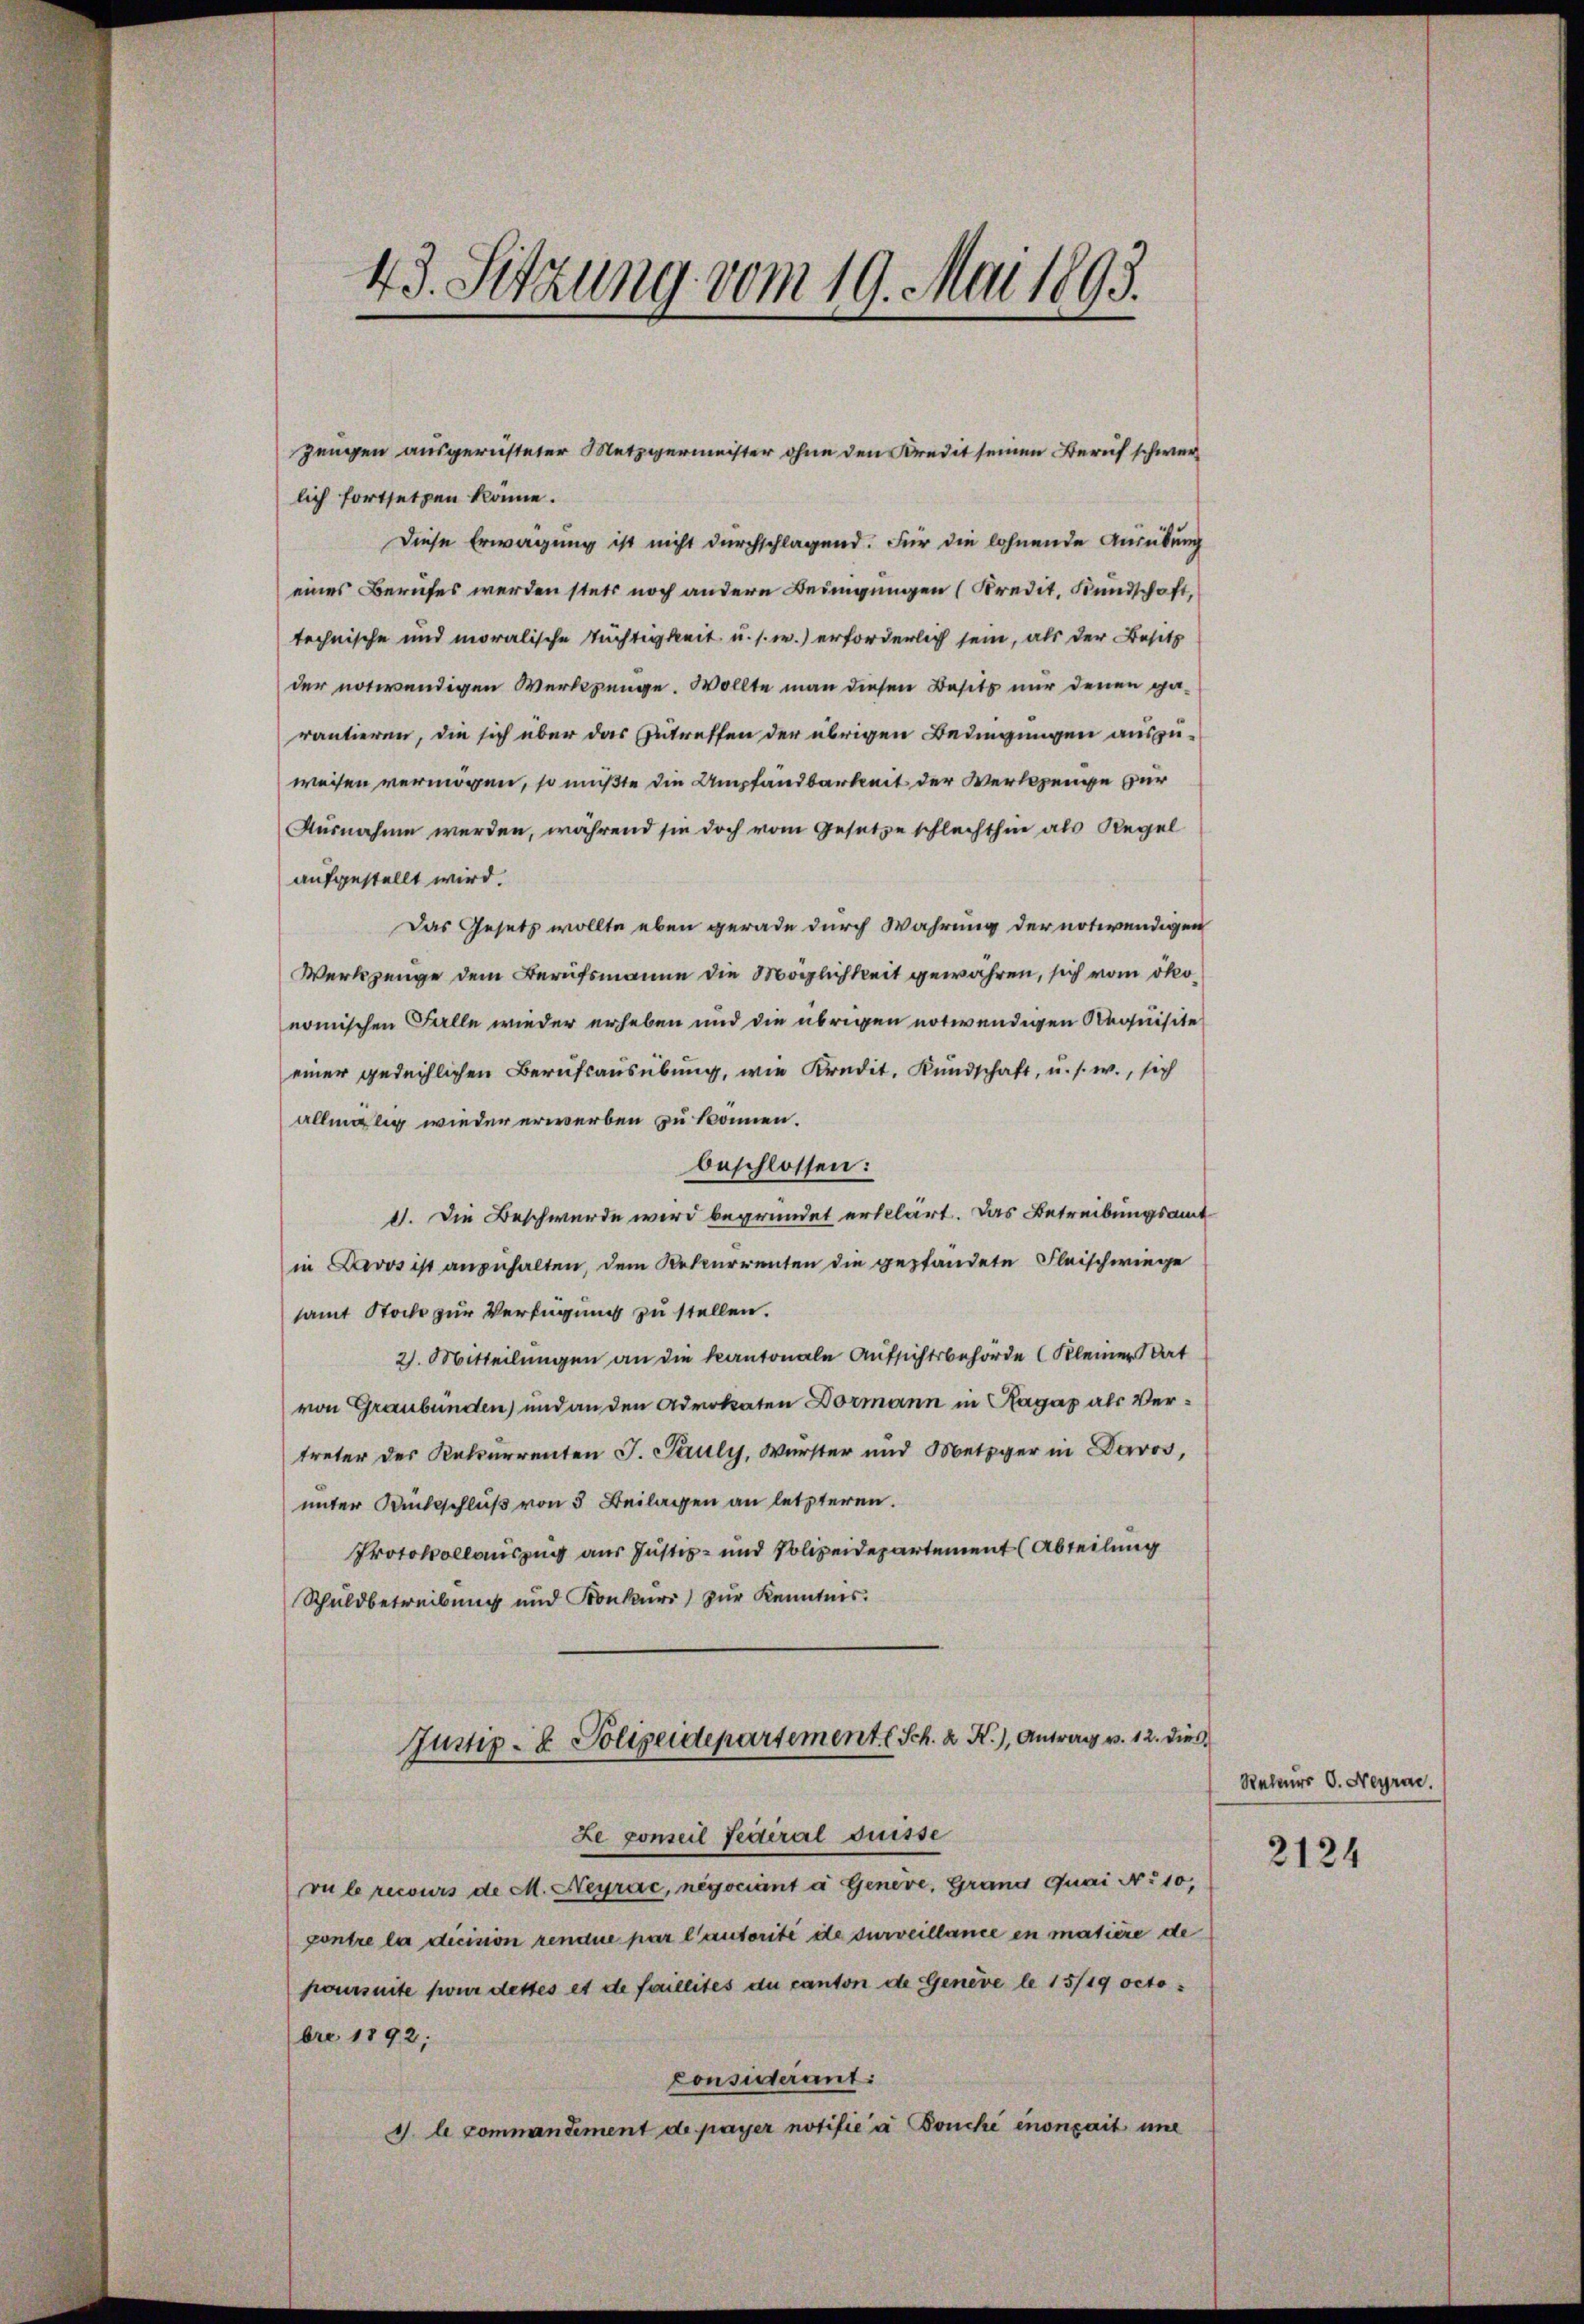
43. Sitzung vom 19. Mai 1893.

lich fortsetzen könne.
Diese Erwägung ist nicht durchschlagend. Für die lohnende Ausübung
eines Berufes werden stets noch andere Bedingungen (Kredit. Bundschaft,
technische und moralische Tüchtigkeit u. s. w.) erforderlich sein, als der Besitz
der notwendigen Werkzeuge. Wollte man diesen Besitz nur denen ga-
rantieren, die sich über das Getreffen der übrigen Bedingungen auszu-
weisen vermögen, so müßte die Ampfandbarkeit der Werkzeuge zur
Ausnahme werden, während sie doch vom Gesetze schlechthin als Regel
aufgestellt wird.
Das Gesetz wollte eben gerade durch Wahrung der notwendigen
Werkzeuge dem Berufsmanne die Möglichkeit gewähren, sich vom ökonomischen Falle wieder erheben und die übrigen notwendigen Requisite
einer gedeihlichen Berufsausübung, wie Kredit. Kundschaft, u. s. w., sich
allmälig wieder erwerben zu können.
beschlossen:
1. Die Beschwerde wird begründet erklärt. Das Betreibungsamt
in Davos ist anzuhalten, dem Rekurrenten die gepfandete Fleischwiege
samt Stocke zur Verfügung zu stellen.
2. Mitteilungen an die kantonale Aufsichtsbehörde Kleiner Rat
von Graubünden) und an den Advokaten Dormann in Ragaz als Vertreter des Rekurrenten J. Pauly, Wurster und Metzger in Davos,
unter Rückschluß von 5 Beilagen an letzteren.
Protokollauszug aus Justiz- und Polizeidepartement (Abteilung
Schuldbetreibung und Konkurs) zur Kenntnis.
Justiz- & Polizeidepartemente Sch. 2. X.), Antrag v. 12. dies
Le conseil Pederal Suisse
vu le recours de M. Heyrac, negociant à Genere, Grand Quai N. 10,
pontre la decision renaue par lautorité de surveillance en matière de
ponseite für desses et de faillites du canton de Genève le 15/19 octobre 1892;
consisterant
J. le commandement de payer notifie à Bouché inonçait une

Zeugen ausgerüsteter Metzgermeister ohne den Kredit seinen Beruf schwer¬

Reteurs O. Neyra

2124